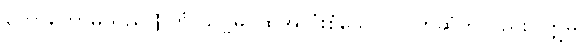
ဟောတော်မူသည်။] တံ သဗ္ဗမ္ပိ၊ ထိုအလုံးစုံသော ပဲပိုက်ဆံကိုလည်း။ ဣဓ၊